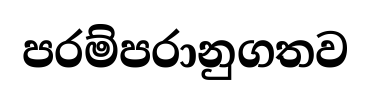
පරම්පරානුගතව